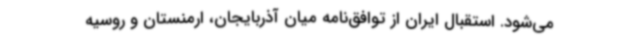
می‌شود. استقبال ایران از توافق‌نامه میان آذربایجان، ارمنستان و روسیه